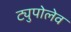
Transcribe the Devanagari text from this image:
ट्युपोलेव